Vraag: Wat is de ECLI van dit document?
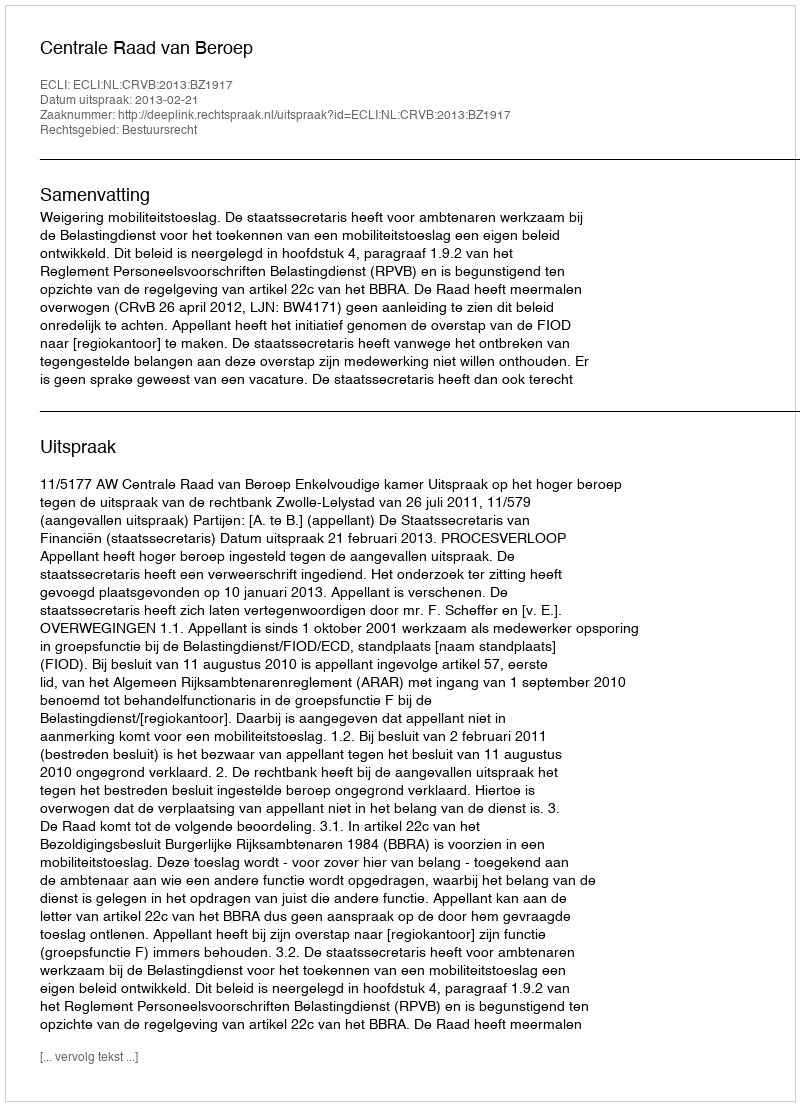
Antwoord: ECLI:NL:CRVB:2013:BZ1917